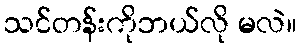
သင်တန်းကိုဘယ်လို မလဲ။